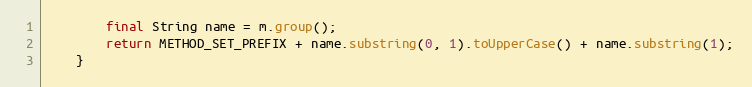
Language: Java
		final String name = m.group();
		return METHOD_SET_PREFIX + name.substring(0, 1).toUpperCase() + name.substring(1);
	}